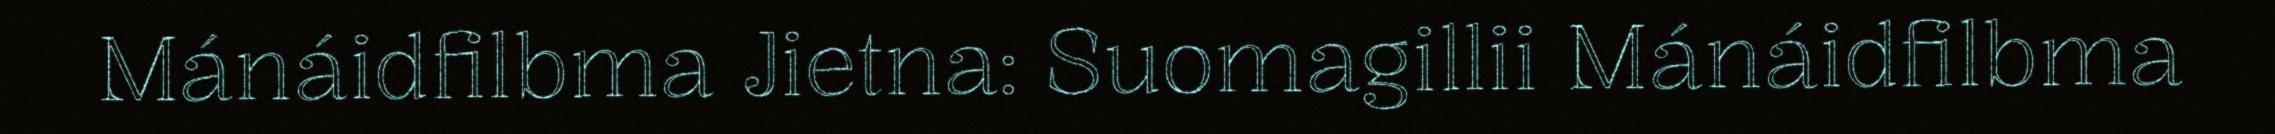
Mánáidfilbma Jietna: Suomagillii Mánáidfilbma